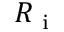
R \textsubscript { i }